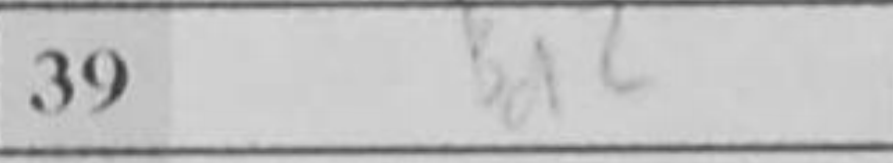
Transcription: Bd2